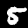
Digit: 5